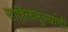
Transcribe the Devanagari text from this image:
साहित्यमूल्यांची